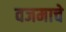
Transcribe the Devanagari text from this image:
वजमाचे